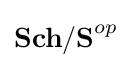
\mathbf {Sch/S} ^{op}